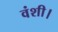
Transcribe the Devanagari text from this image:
वंशी।